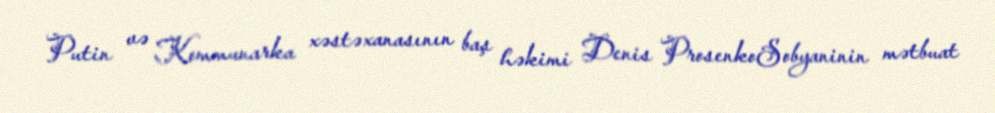
Putin və Kommunarka xəstəxanasının baş həkimi Denis ProsenkoSobyaninin mətbuat